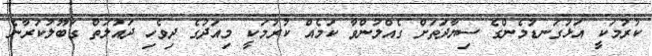
ކުރުމަކީ އަޅުގަނޑުމެންގެ ސިޔާދަތަށް ގެއްލުންވާ ކަމެއް ކުރުމަކީ މިއަދުގެ ދިވެހި ދައުލަތް ގަބޫލުކުރާނެ